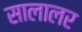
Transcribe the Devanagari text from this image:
सालालर